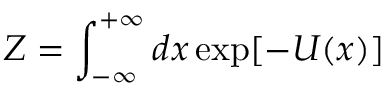
Z = \int _ { - \infty } ^ { + \infty } d x \exp [ - U ( x ) ]